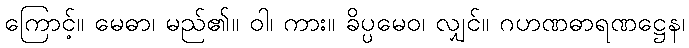
ကြောင့်။ မေဓာ၊ မည်၏။ ဝါ၊ ကား။ ခိပ္ပမေဝ၊ လျှင်။ ဂဟဏဓာရဏဋ္ဌေန၊